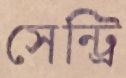
সেন্ট্রি